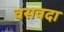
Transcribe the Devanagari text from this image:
वसवदा